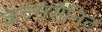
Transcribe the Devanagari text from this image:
केज्सर्सनिट